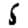
Digit: 5